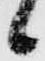
候